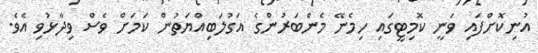
އުނިކޮށްފައި ވަނީ ކޮމިޓީގައި ހިމެނޭ މެންބަރުންގެ އަގުލަބިއްޔަތުން ކަމަށް ވެސް ވިދާޅުވި އެވެ.